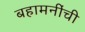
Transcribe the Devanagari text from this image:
बहामनींची